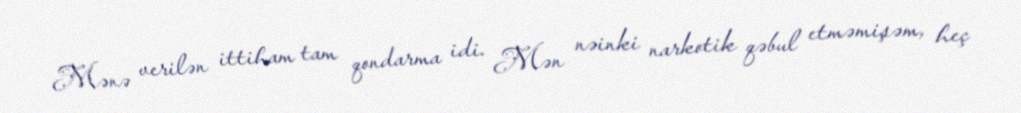
Mənə verilən ittiham tam qondarma idi. Mən nəinki narkotik qəbul etməmişəm, heç